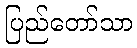
ပြည်တော်သာ